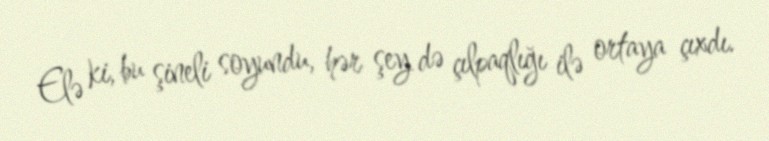
Elə ki, bu şineli soyundu, hər şey də çılpaqlığı ilə ortaya çıxdı.